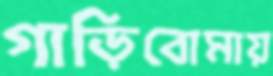
গাড়িবোমায়